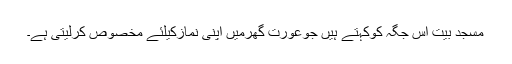
مسجِد بَیت اُس جگہ کوکہتے ہیں جوعورت گھرمیں اپنی نَمازکیلئے مخصوص کرلیتی ہے۔